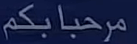
مرحباًبكم